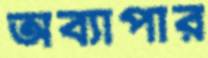
অব্যাপার